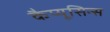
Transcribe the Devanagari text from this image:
कैप्यूसिन्स